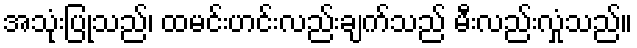
အသုံးပြုသည်၊ ထမင်းဟင်းလည်းချက်သည် မီးလည်းလှုံသည်။